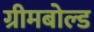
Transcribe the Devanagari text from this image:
ग्रीमबोल्ड